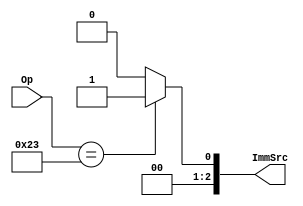
module Instr_Decoder (
	input 	[5:0] Op,
	output reg	[2:0] ImmSrc
);

localparam LW 		= 	7'b0000011,
			  SW 		= 	7'b0100011,
			  BEQ		= 	7'b1100011,
			  I_ALU	= 	7'b0010011,
			  JAL		=	7'b1101111,
			  JALR	=	7'b1100111,
			  LUI		=	7'b0110111,
			  AUIPC	=	7'b0010111;
			  


always @(Op) begin
	case(Op)
	LW:		begin
					ImmSrc = 2'b000;
				end
	SW:		begin
					ImmSrc = 2'b001;
				end	
	BEQ:		begin
					ImmSrc = 2'b010;
				end
	I_ALU:	begin
					ImmSrc = 2'b000;
				end
	JAL:		begin
					ImmSrc = 2'b011;
				end
	JALR:		begin
					ImmSrc = 2'b000;
				end
	LUI:		begin
					ImmSrc = 2'b100;
				end
	AUIPC:	begin
					ImmSrc = 2'b100;
				end
	default:		ImmSrc = 2'b000;
	endcase
		

end

endmodule